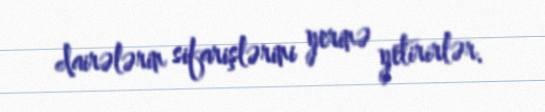
dairələrin sifarişlərini yerinə yetirirlər.